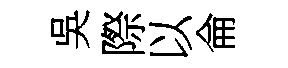
吳際以侖